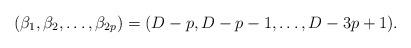
LaTeX: \begin{align*} (\beta_1,\beta_2,\ldots,\beta_{2p}) = (D-p, D-p-1,\ldots,D-3p+1). \end{align*}